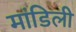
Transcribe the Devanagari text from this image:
मांडिली